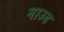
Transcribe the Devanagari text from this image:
माउड